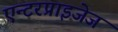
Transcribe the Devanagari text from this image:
एन्टरप्राइजेज